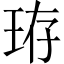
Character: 珔